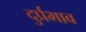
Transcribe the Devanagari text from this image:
दुर्प्रभाव